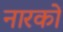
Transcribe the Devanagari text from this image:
नारकों